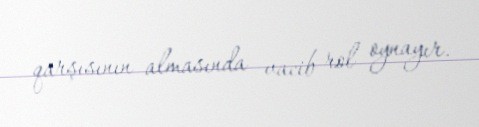
qarşısının almasında vacib rol oynayır.